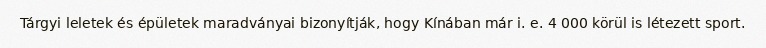
Tárgyi leletek és épületek maradványai bizonyítják, hogy Kínában már i. e. 4 000 körül is létezett sport.